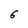
Character: 6